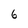
Character: 6